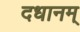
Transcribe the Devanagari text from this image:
दधानम्‌